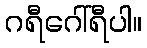
ဂရီဂေါ်ရီပါ။